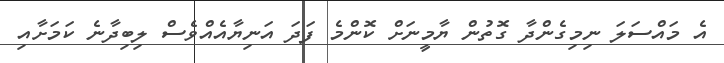
އެ މައްސަލަ ނިމިގެންދާ ގޮތުން ޔާމީނަށް ކޮންމެ ފަދަ އަނިޔާއެއްވެސް ލިބިދާނެ ކަމަށާއި